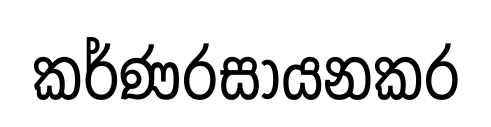
කර්ණරසායනකර